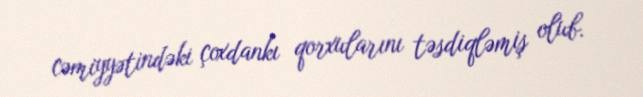
cəmiyyətindəki çoxdankı qorxularını təsdiqləmiş olub.